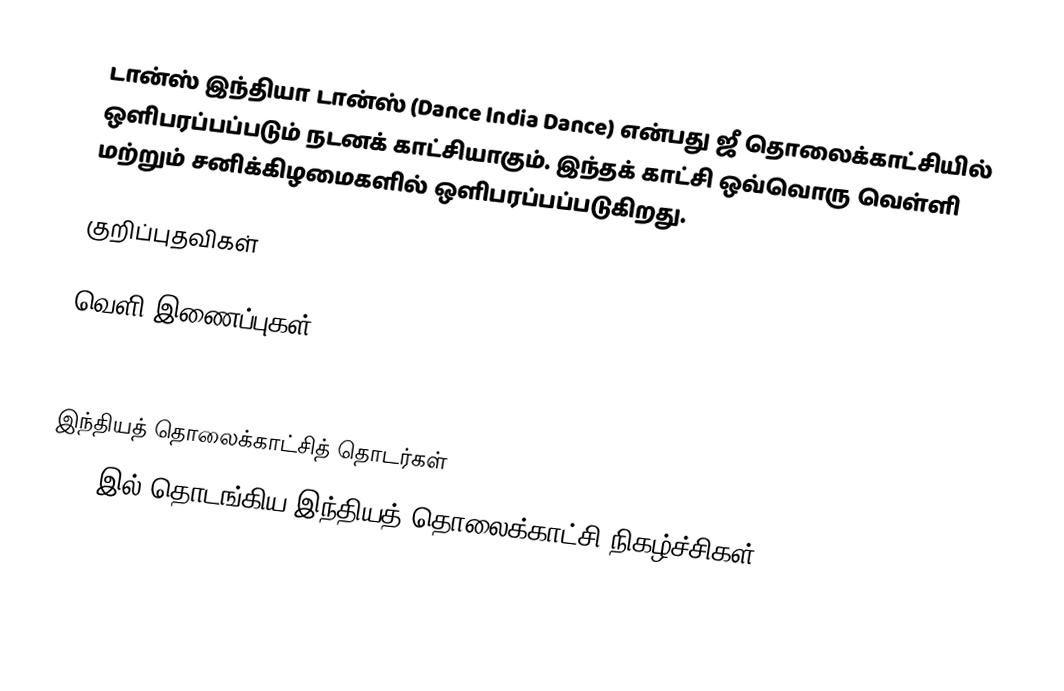
டான்ஸ் இந்தியா டான்ஸ் (Dance India Dance) என்பது ஜீ தொலைக்காட்சியில் ஒளிபரப்பப்படும் நடனக் காட்சியாகும். இந்தக் காட்சி ஒவ்வொரு வெள்ளி மற்றும் சனிக்கிழமைகளில் ஒளிபரப்பப்படுகிறது.

குறிப்புதவிகள்

வெளி இணைப்புகள்

இந்தியத் தொலைக்காட்சித் தொடர்கள்
2009 இல் தொடங்கிய இந்தியத் தொலைக்காட்சி நிகழ்ச்சிகள்